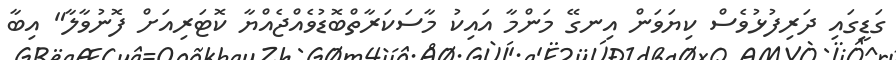
ގަޑީގައި ދަރިފުޅުވެސް ކިޔަވަން އިނގޭ މަންމާ އައިކު މާސަކަރާތްބޮޑުވެއްޖެއްޔާ ކޮޓަރިއަށް ފޮނުވާލާ" އިބާ